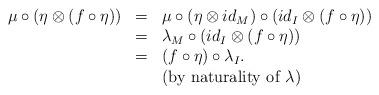
LaTeX: \begin{align*}\begin{array}{lll}\mu\circ (\eta\otimes(f\circ \eta))&=&\mu\circ ( \eta\otimes id_M)\circ (id_I\otimes (f\circ\eta))\\&=&\lambda_M\circ (id_I\otimes (f\circ\eta))\\&=&(f\circ \eta)\circ \lambda_I.\\&&\mbox{(by naturality of $\lambda$)}\end{array}\end{align*}